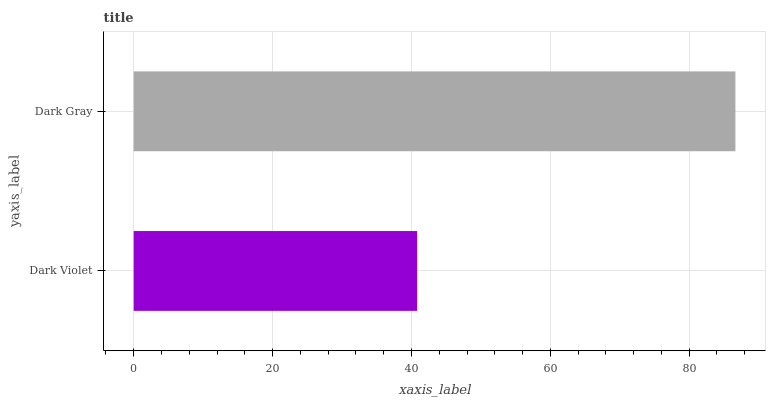
| yaxis_label | bars |
 | --- | --- |
 | Dark Violet | 40.8 |
 | Dark Gray | 86.7 |